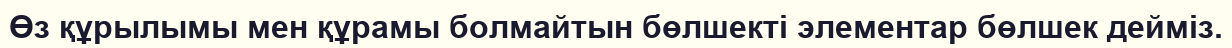
Өз құрылымы мен құрамы болмайтын бөлшекті элементар бөлшек дейміз.